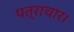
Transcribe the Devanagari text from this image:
पत्राचार।